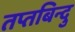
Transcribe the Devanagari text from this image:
तप्तबिन्दु